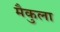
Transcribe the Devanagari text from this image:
मैकुला